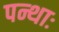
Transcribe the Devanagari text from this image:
पन्थाः